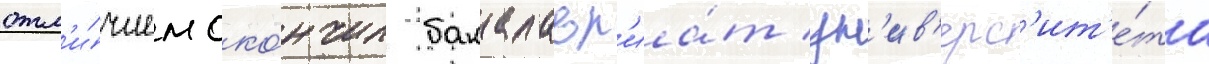
отл'и́чием око́нчил бакалавр'иа́т ун'ив'ерс'ит'е́та